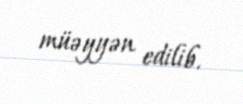
müəyyən edilib.